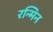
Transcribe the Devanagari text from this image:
रन्मिन